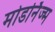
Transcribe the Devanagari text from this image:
मोडर्निज्म